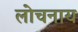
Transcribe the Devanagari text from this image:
लोचनाय